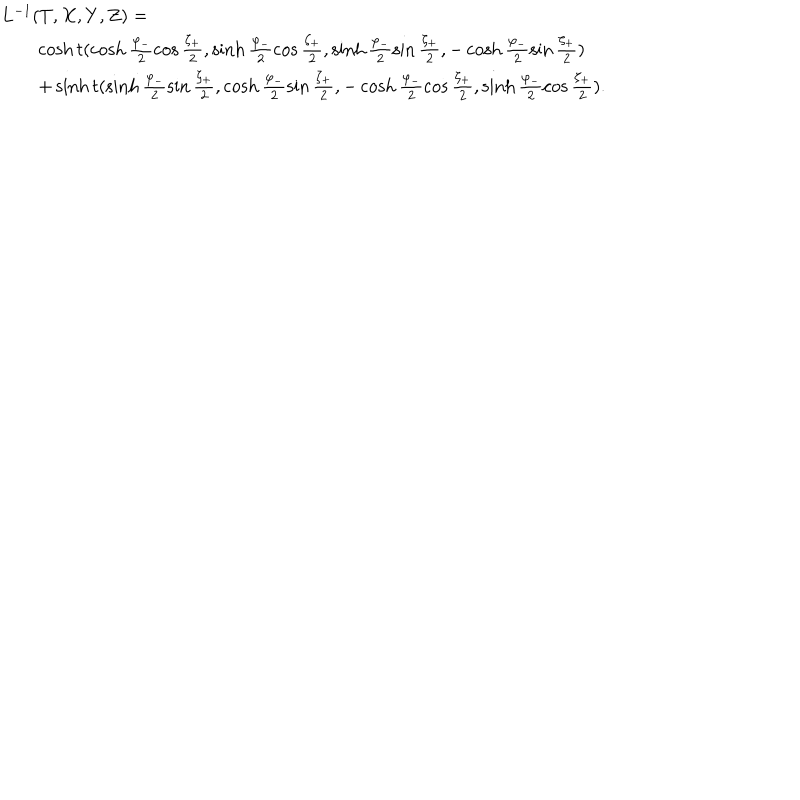
LaTeX: \begin{array} { l } { { L ^ { - 1 } ( T , X , Y , Z ) = } } \\ { { \qquad \cosh t ( \cosh \frac { \varphi _ { - } } { 2 } \cos \frac { \zeta _ { + } } { 2 } , \sinh \frac { \varphi _ { - } } { 2 } \cos \frac { \zeta _ { + } } { 2 } , \sinh \frac { \varphi _ { - } } { 2 } \sin \frac { \zeta _ { + } } { 2 } , - \cosh \frac { \varphi _ { - } } { 2 } \sin \frac { \zeta _ { + } } { 2 } ) } } \\ { { \qquad + \sinh t ( \sinh \frac { \varphi _ { - } } { 2 } \sin \frac { \zeta _ { + } } { 2 } , \cosh \frac { \varphi _ { - } } { 2 } \sin \frac { \zeta _ { + } } { 2 } , - \cosh \frac { \varphi _ { - } } { 2 } \cos \frac { \zeta _ { + } } { 2 } , \sinh \frac { \varphi _ { - } } { 2 } \cos \frac { \zeta _ { + } } { 2 } ) . } } \\ \end{array}